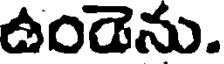
ఉండెను.